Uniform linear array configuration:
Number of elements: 32
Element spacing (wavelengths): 0.25
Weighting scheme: exponential
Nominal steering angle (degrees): -45
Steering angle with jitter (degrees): -44.579
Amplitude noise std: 0.05
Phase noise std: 0.05

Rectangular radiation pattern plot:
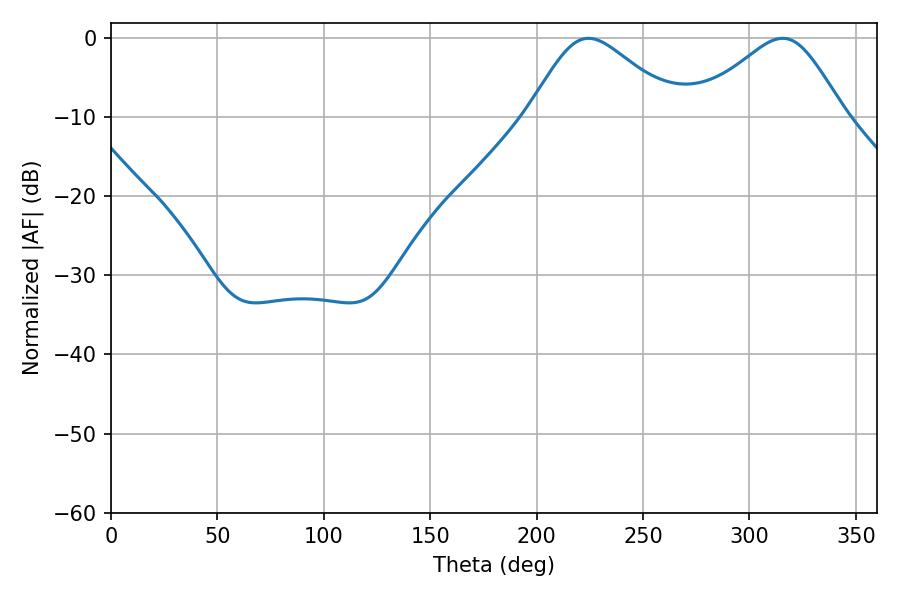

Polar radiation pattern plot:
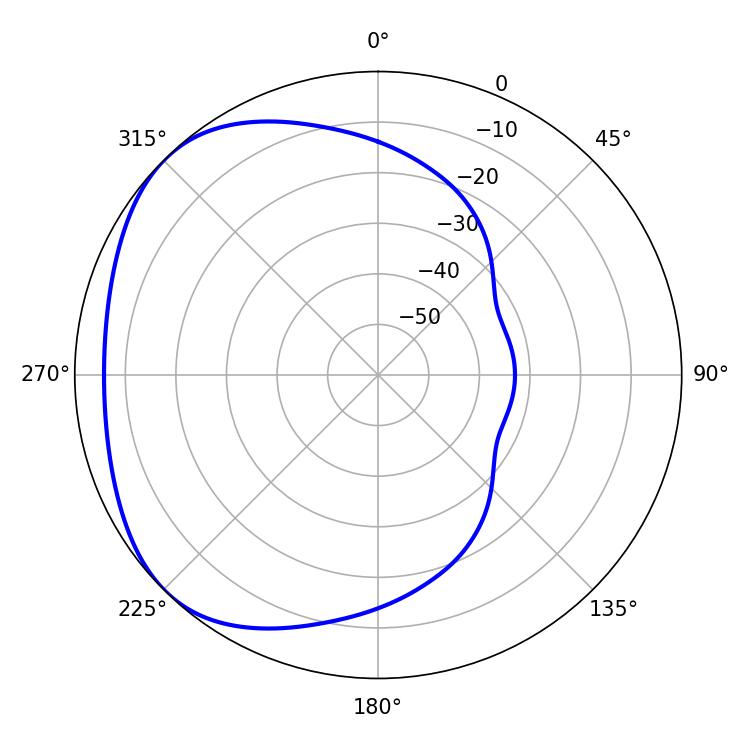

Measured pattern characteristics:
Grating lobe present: FALSE
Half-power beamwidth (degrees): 34.74
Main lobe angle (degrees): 224.46